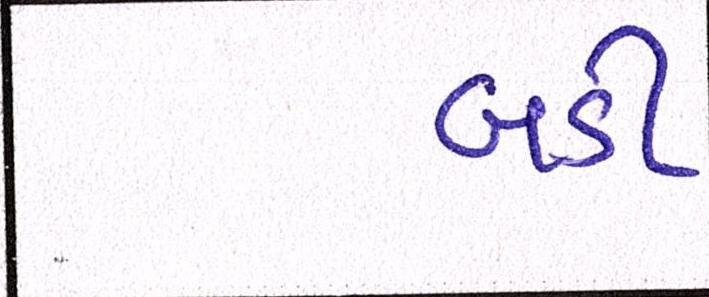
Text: બડી